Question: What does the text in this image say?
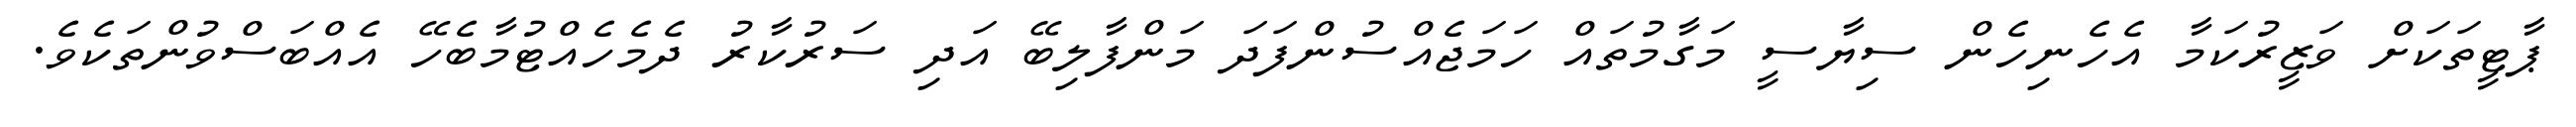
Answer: ޕާޓީތަކަށް ވަޒީރުކަމާ އެހެނިހެން ސިޔާސީ މަގާމުތައް ހަމަޖެއްސުންފަދަ މަންފާލިބޭ އަދި ސަރުކާރު ދެމެހެއްޓުމާބެހޭ އެއްބަސްވުންތަކެވެ.